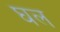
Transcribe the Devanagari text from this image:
घल